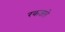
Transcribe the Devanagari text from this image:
रकजते